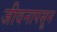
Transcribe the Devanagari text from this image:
जीवनापसून